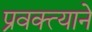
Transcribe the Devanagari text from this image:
प्रवक्त्याने